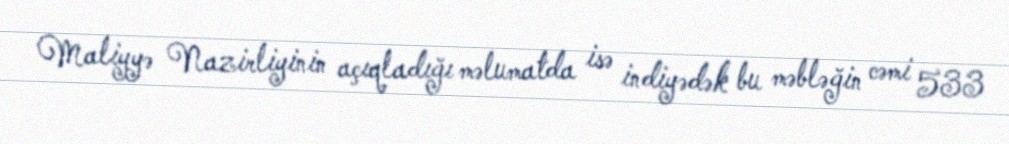
Maliyyə Nazirliyinin açıqladığı məlumatda isə indiyədək bu məbləğin cəmi 533